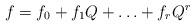
LaTeX: \begin{align*}f=f_0+f_1Q+\ldots+f_rQ^r\end{align*}